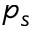
p _ { s }